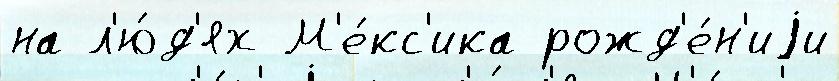
на л'ю́д'ях М'е́кс'ика рожд'е́н'иjи